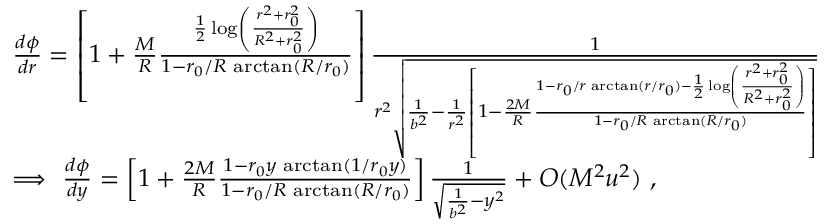
\begin{array} { l } { { \frac { d \phi } { d r } = \left[ 1 + \frac { M } { R } \frac { \frac { 1 } { 2 } \log \left( \frac { r ^ { 2 } + r _ { 0 } ^ { 2 } } { R ^ { 2 } + r _ { 0 } ^ { 2 } } \right) } { 1 - r _ { 0 } / R \, \arctan ( R / r _ { 0 } ) } \right] \frac { 1 } { r ^ { 2 } \sqrt { \frac { 1 } { b ^ { 2 } } - \frac { 1 } { r ^ { 2 } } \left[ 1 - \frac { 2 M } { R } \frac { 1 - r _ { 0 } / r \, \arctan ( r / r _ { 0 } ) - \frac { 1 } { 2 } \log \left( \frac { r ^ { 2 } + r _ { 0 } ^ { 2 } } { R ^ { 2 } + r _ { 0 } ^ { 2 } } \right) } { 1 - r _ { 0 } / R \, \arctan ( R / r _ { 0 } ) } \right] } } } } \\ { { \Longrightarrow \ \frac { d \phi } { d y } = \left[ 1 + \frac { 2 M } { R } \frac { 1 - r _ { 0 } y \, \arctan ( 1 / r _ { 0 } y ) } { 1 - r _ { 0 } / R \, \arctan ( R / r _ { 0 } ) } \right] \frac { 1 } { \sqrt { \frac { 1 } { b ^ { 2 } } - y ^ { 2 } } } + O ( M ^ { 2 } u ^ { 2 } ) \ , } } \end{array}